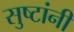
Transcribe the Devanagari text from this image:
सुष्टांनी